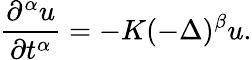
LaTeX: {\frac{\partial^{\alpha}u}{\partial t^{\alpha}}}=-K(-\Delta)^{\beta}u.